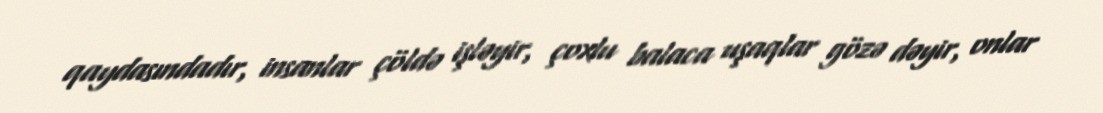
qaydasındadır, insanlar çöldə işləyir, çoxlu balaca uşaqlar gözə dəyir, onlar